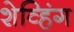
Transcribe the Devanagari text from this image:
शेव्हिंग